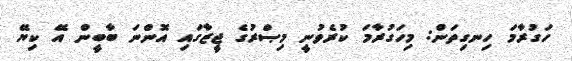
ހަގުރާމަ ހިނގިތަން: މިހަގުރާމަ ކުރެވުނީ މިޞްރުގެ ޖީޒާގައި އޮންނަ ބާބީން އޭ ކިޔޭ